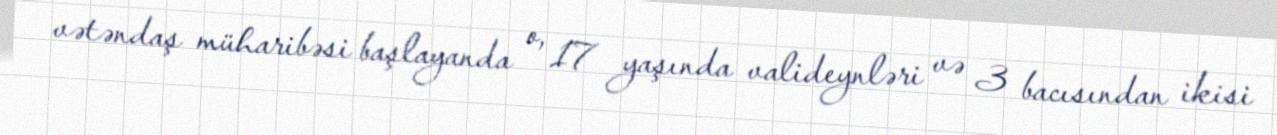
vətəndaş müharibəsi başlayanda o, 17 yaşında valideynləri və 3 bacısından ikisi